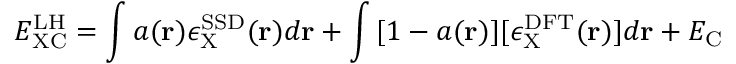
E _ { \mathrm { X C } } ^ { \mathrm { L H } } = \int { a ( \mathbf { r } ) \epsilon _ { \mathrm { X } } ^ { \mathrm { S S D } } ( \mathbf { r } ) d \mathbf { r } } + \int { [ 1 - a ( \mathbf { r } ) ] [ \epsilon _ { \mathrm { X } } ^ { \mathrm { D F T } } ( \mathbf { r } ) ] d \mathbf { r } } + E _ { \mathrm { C } }